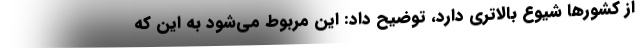
از کشورها شیوع بالاتری دارد، توضیح داد: این مربوط می‌شود به این که